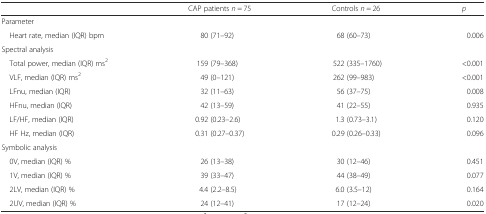
<table><thead><tr><td></td><td><b>CAP patients <i>n</i> = 75</b></td><td><b>Controls <i>n</i> = 26</b></td><td><b><i>p</i></b></td></tr></thead><tbody><tr><td colspan="4">Parameter</td></tr><tr><td> Heart rate, median (IQR) bpm</td><td>80 (71–92)</td><td>68 (60–73)</td><td>0.006</td></tr><tr><td colspan="4">Spectral analysis</td></tr><tr><td> Total power, median (IQR) ms<sup>2</sup></td><td>159 (79–368)</td><td>522 (335–1760)</td><td>&lt;0.001</td></tr><tr><td> VLF, median (IQR) ms<sup>2</sup></td><td>49 (0–121)</td><td>262 (99–983)</td><td>&lt;0.001</td></tr><tr><td> LFnu, median (IQR)</td><td>32 (11–63)</td><td>56 (37–75)</td><td>0.008</td></tr><tr><td> HFnu, median (IQR)</td><td>42 (13–59)</td><td>41 (22–55)</td><td>0.935</td></tr><tr><td> LF/HF, median (IQR)</td><td>0.92 (0.23–2.6)</td><td>1.3 (0.73–3.1)</td><td>0.120</td></tr><tr><td> HF Hz, median (IQR)</td><td>0.31 (0.27–0.37)</td><td>0.29 (0.26–0.33)</td><td>0.096</td></tr><tr><td colspan="4">Symbolic analysis</td></tr><tr><td> 0V, median (IQR) %</td><td>26 (13–38)</td><td>30 (12–46)</td><td>0.451</td></tr><tr><td> 1V, median (IQR) %</td><td>39 (33–47)</td><td>44 (38–49)</td><td>0.077</td></tr><tr><td> 2LV, median (IQR) %</td><td>4.4 (2.2–8.5)</td><td>6.0 (3.5–12)</td><td>0.164</td></tr><tr><td> 2UV, median (IQR) %</td><td>24 (12–41)</td><td>17 (12–24)</td><td>0.020</td></tr></tbody></table>